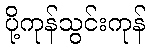
ပို့ကုန်သွင်းကုန်